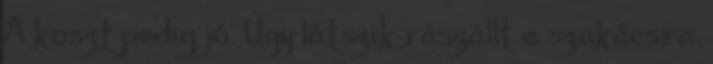
A koszt pedig jó. Úgy látszik rászállt a szakácsra.